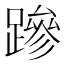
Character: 𮜒